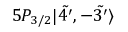
5 P _ { 3 / 2 } | \Tilde { 4 ^ { \prime } } , - \Tilde { 3 ^ { \prime } } \rangle